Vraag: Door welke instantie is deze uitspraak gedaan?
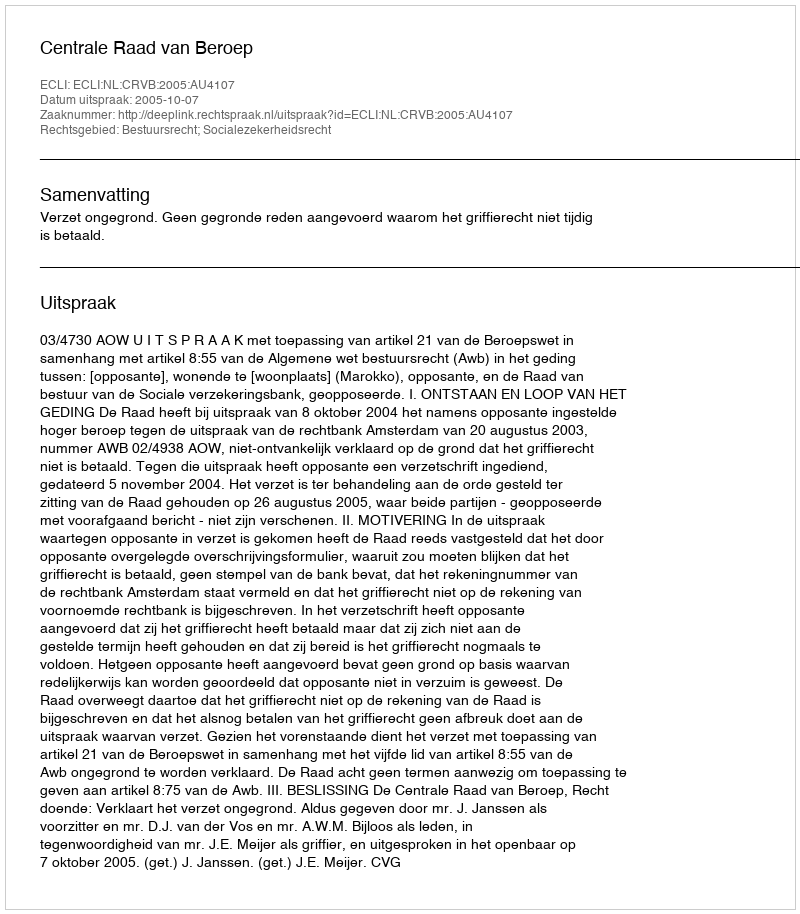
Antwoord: Centrale Raad van Beroep